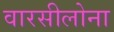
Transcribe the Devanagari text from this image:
वारसीलोना